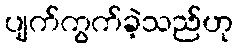
ပျက်ကွက်ခဲ့သည်ဟု